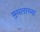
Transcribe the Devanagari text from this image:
मुघलाच्या